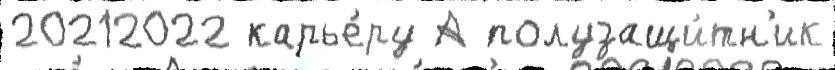
20212022 карье́ру А полузащи́тн'ик